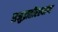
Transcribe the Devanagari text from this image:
समुद्रातीरस्थांचा